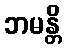
ဘမန္တိ